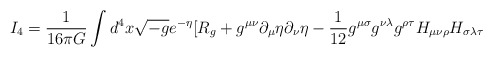
\begin{align*}I_4=\frac{1}{16\pi G}\int d^4x\sqrt{-g}e^{-\eta}[R_g+g^{\mu\nu}\partial_{\mu}\eta\partial_{\nu}\eta-\frac{1}{12}g^{\mu\sigma}g^{\nu\lambda}g^{\rho\tau}H_{\mu\nu\rho}H_{\sigma\lambda\tau}\end{align*}